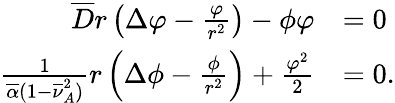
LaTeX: \begin{array}{rl}{\overline{{D}}r\left(\Delta\varphi-\frac{\varphi}{r^{2}}\right)-\phi\varphi}&{=0}\\ {\frac{1}{\overline{{\alpha}}(1-\overline{{\nu}}_{A}^{2})}r\left(\Delta\phi-\frac{\phi}{r^{2}}\right)+\frac{\varphi^{2}}{2}}&{=0.}\end{array}